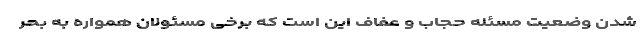
شدن وضعیت مسئله حجاب و عفاف این است که برخی مسئولان همواره به بحر